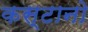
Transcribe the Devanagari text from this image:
कस्टानो